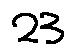
2 3